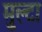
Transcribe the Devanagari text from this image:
मुल्टा